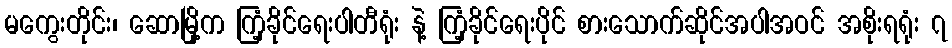
မကွေးတိုင်း၊ ဆောမြို့က ကြံ့ခိုင်ရေးပါတီရုံး နဲ့ ကြံ့ခိုင်ရေးပိုင် စားသောက်ဆိုင်အပါအဝင် အစိုးရရုံး ၇